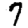
Digit: 7